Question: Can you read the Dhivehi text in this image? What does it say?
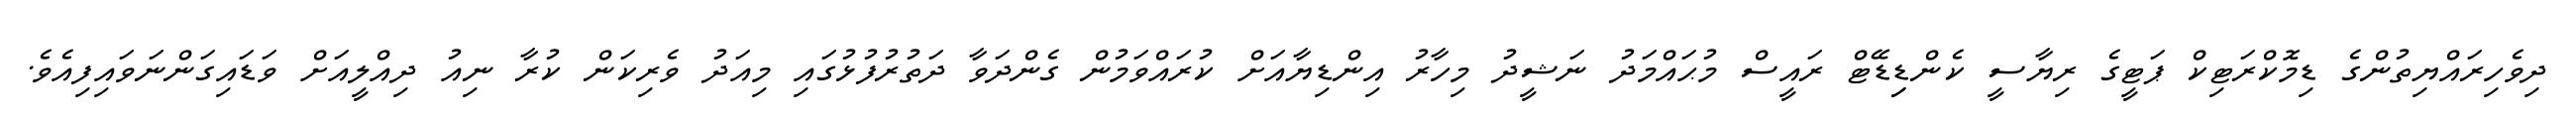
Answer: ދިވެހިރައްޔިތުންގެ ޑިމޮކްރަޓިކް ޕަޓީގެ ރިޔާސީ ކެންޑިިޑޭޓް ރައީސް މުޙައްމަދު ނަޝީދު މިހާރު އިންޑިޔާއަށް ކުރައްވަމުން ގެންދަވާ ދަތުރުފުޅުގައި މިއަދު ވެރިކަން ކުރާ ނިއު ދިއްލީއަށް ވަޑައިގަންނަވައިފިއެވެ.